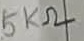
Text: 5KΩ